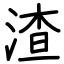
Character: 渣